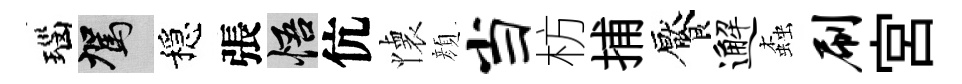
瑙駕穩張悟伉懐顔当枋捕饜邂螙刷宮